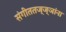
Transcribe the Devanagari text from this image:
संगीततज्ज्ञांना